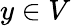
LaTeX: y\in V